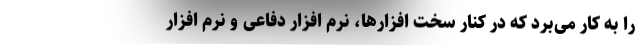
را به کار می‌برد که در کنار سخت افزارها، نرم افزار دفاعی و نرم افزار